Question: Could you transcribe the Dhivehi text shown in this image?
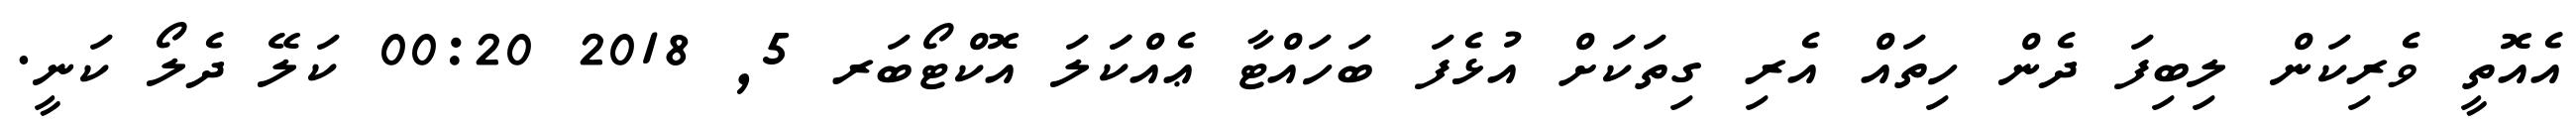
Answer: އެއޮތީ ވެރިކަން ލިބިފަ ދެން ހިތައް އެރި ގިތަކަށް އުޅެފަ ބަހައްޓާ ޢެއްކަަލަ އޮކްޓޯބަރ 5, 2018 00:20 ކަލޭ ދެލޯ ކަނީ.